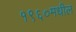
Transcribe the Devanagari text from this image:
१९६०मधील